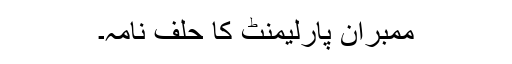
ممبران پارلیمنٹ کا حلف نامہ۔